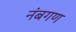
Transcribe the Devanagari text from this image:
नंबगण